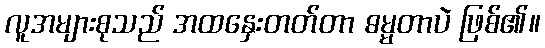
လူအများစုသည် အထနှေးတတ်တာ ဓမ္မတာပဲ ဖြစ်၏။